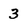
Character: 3